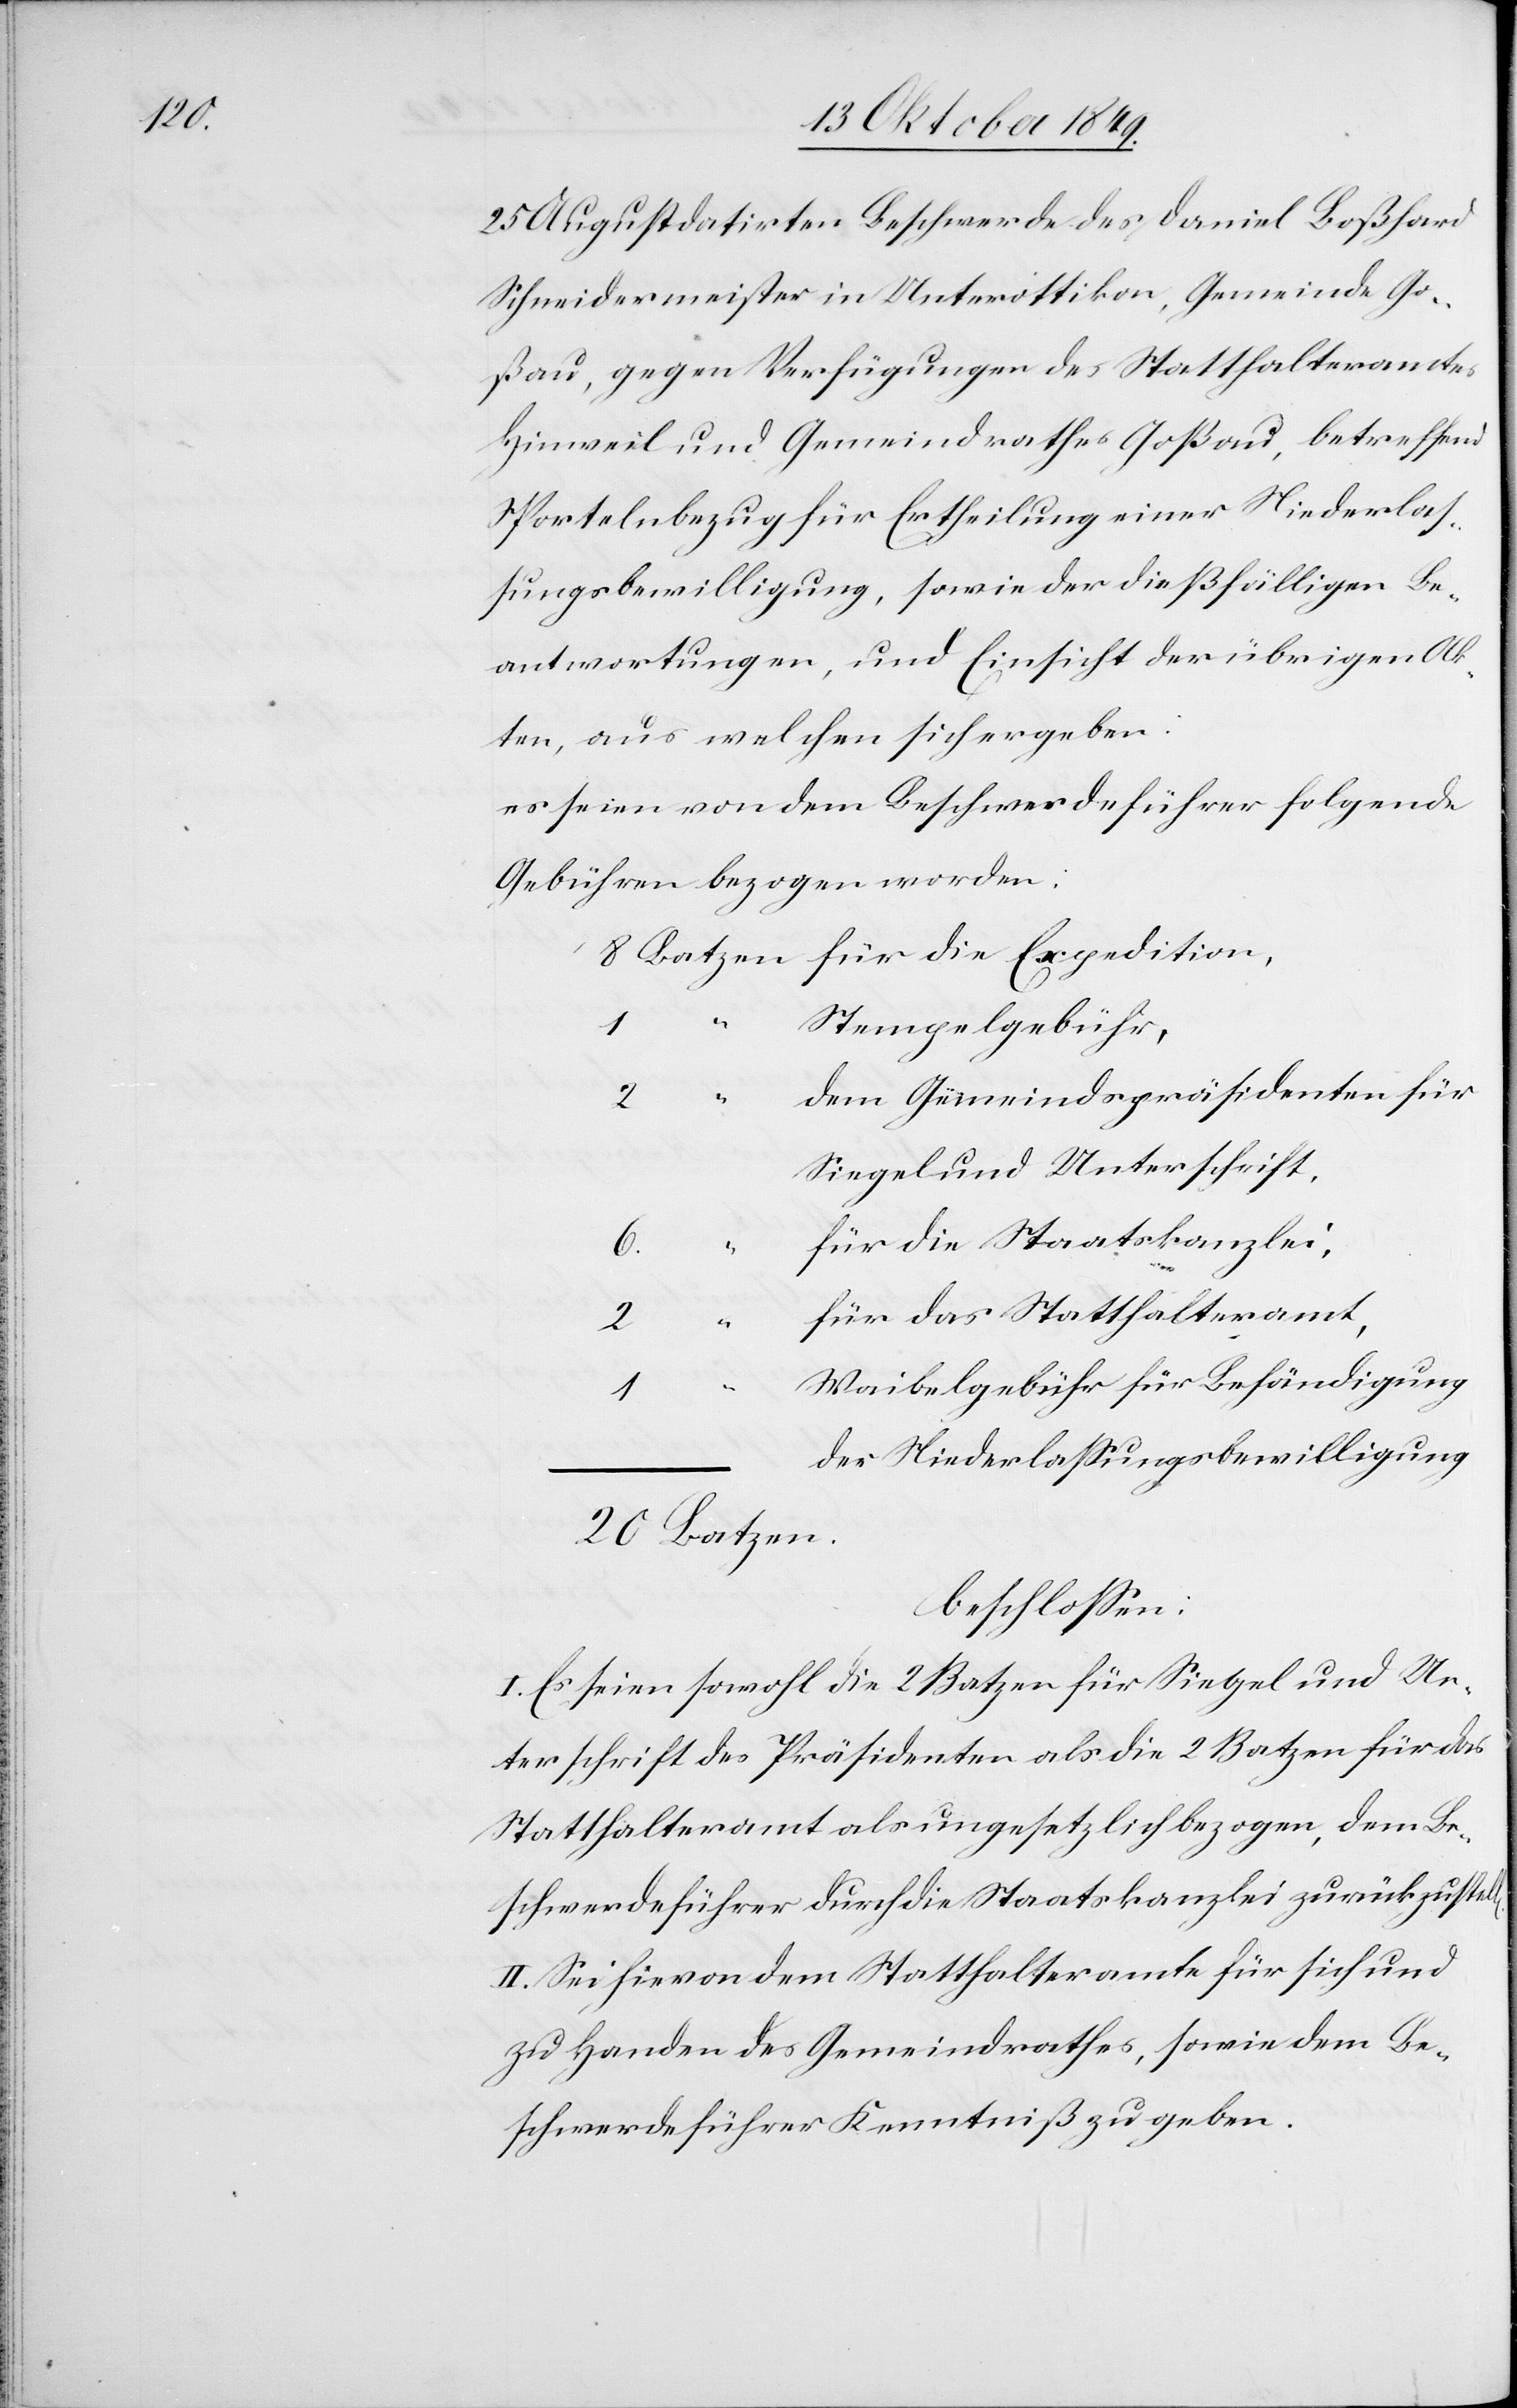
“			f¬

25 Augst datirten Beschwerde des Daniel Boßhard
Schneidermeister in Unterottikon, Gemeinde Go¬
ßau, gegen Verfügungen des Statthalteramtes
Hinweil und Gemeindrathes Goßau, betreffend
Sportelnbezug für Ertheilung einer Niederlaß¬
ungsbewilligung, sowie der dießfälligen Be¬
antwortungen, und Einsicht der übrigen Ak¬
ten, aus welchen sich ergeben:
es seien von dem Beschwerdeführer folgende
Gebühren bezogen worden:
8 Batzen für die Expedition,
len.
em Gemeindspräsidenten für
Siegel und Unterschrift,
die Staatskanzlei,
ür das Statthalteramt,
“			W¬
aibelgebühr für Behändigung
der Niederlaßungsbewilligung
20 Batzen.
beschloßen:
I. Es seien sowohl die 2 Batzen für Siegel und Un¬
terschrift des Präsidenten als die 2 Batzen für das
Statthalteramt als ungesetzlich bezogen, dem Be¬
schwerdeführer durch die Staatskanzlei zurück zu stel¬
II. Sei hievon dem Statthalteramte für sich und
zu Handen des Gemeindrathes, sowie dem Be¬
schwerdeführer Kenntniß zu geben.